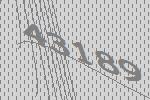
43189